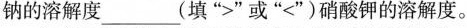
钠的溶解度___(填”>”或”<”)硝酸钾的溶解度。